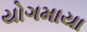
યોગમાયા